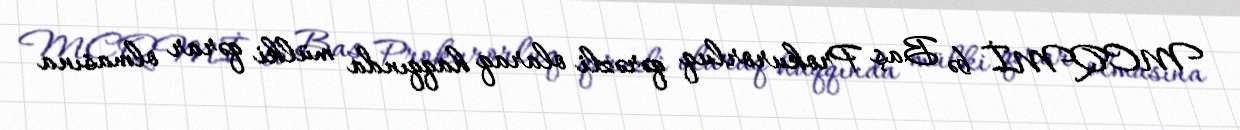
MCQMİ bə Baş Prokurorluq qərəzli olaraq haqqında mülki qərar olmasına